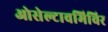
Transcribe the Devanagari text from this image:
ओसेल्टावमिविर